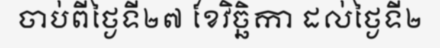
ចាប់ពីថ្ងៃទី២៧ ខែវិច្ឆិកា ដល់ថ្ងៃទី២